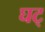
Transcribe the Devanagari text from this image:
घट्